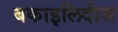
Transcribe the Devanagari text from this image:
बकाइलिदीज